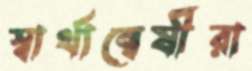
স্বার্থান্বেষীরা